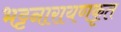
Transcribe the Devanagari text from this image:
भट्टनारायणकृत